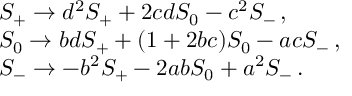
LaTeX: \begin{array} { l } { { S _ { + } \rightarrow d ^ { 2 } S _ { + } + 2 c d S _ { 0 } - c ^ { 2 } S _ { - } \, , } } \\ { { S _ { 0 } \rightarrow b d S _ { + } + ( 1 + 2 b c ) S _ { 0 } - a c S _ { - } \, , } } \\ { { S _ { - } \rightarrow - b ^ { 2 } S _ { + } - 2 a b S _ { 0 } + a ^ { 2 } S _ { - } \, . } } \end{array}